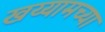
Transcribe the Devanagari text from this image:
खय्यामच्या